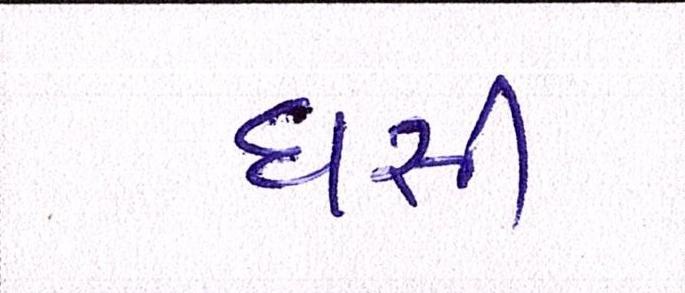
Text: ઘસી